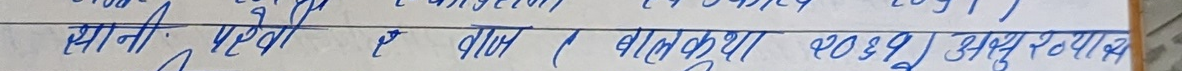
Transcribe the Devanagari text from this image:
स्थानीय परिपक्व र दीर्घ । बालकृष्णा १०४९ । सुयोध